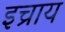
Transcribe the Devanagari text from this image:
इच्राय